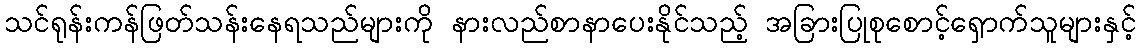
သင်ရုန်းကန်ဖြတ်သန်းနေရသည်များကို နားလည်စာနာပေးနိုင်သည့် အခြားပြုစုစောင့်ရှောက်သူများနှင့်